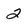
Character: 2